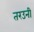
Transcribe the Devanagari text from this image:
तरउनी